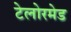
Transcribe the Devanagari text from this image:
टेलोरमेड